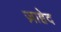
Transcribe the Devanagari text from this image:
ज़ाहेद